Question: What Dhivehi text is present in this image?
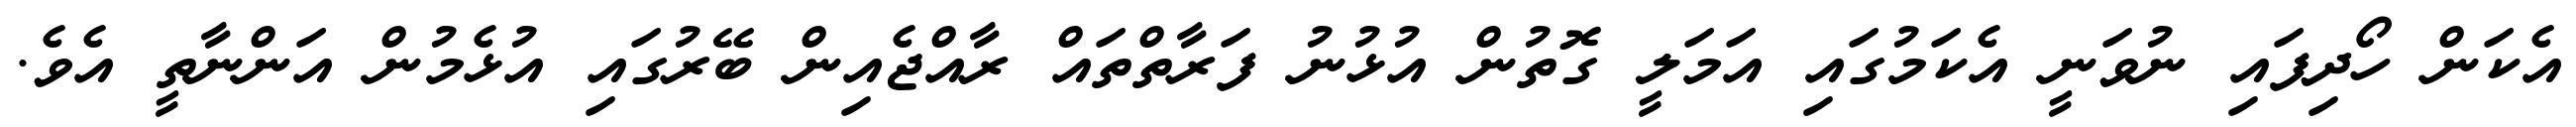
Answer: އެކަން ހޯދިފައި ނުވަނީ އެކަމުގައި އަމަލީ ގޮތުން އުޅުނު ފަރާތްތައް ރާއްޖެއިން ބޭރުގައި އުޅެމުން އަންނާތީ އެވެ.